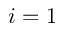
i = 1